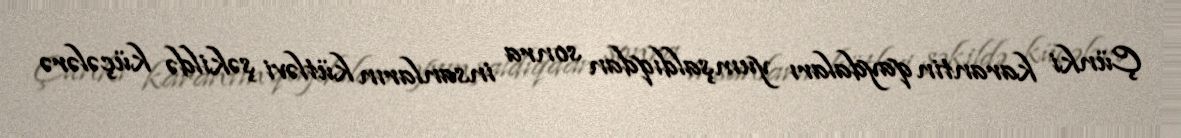
Çünki karantin qaydaları yumşaldıqdan sonra insanların kütləvi şəkildə küçələrə